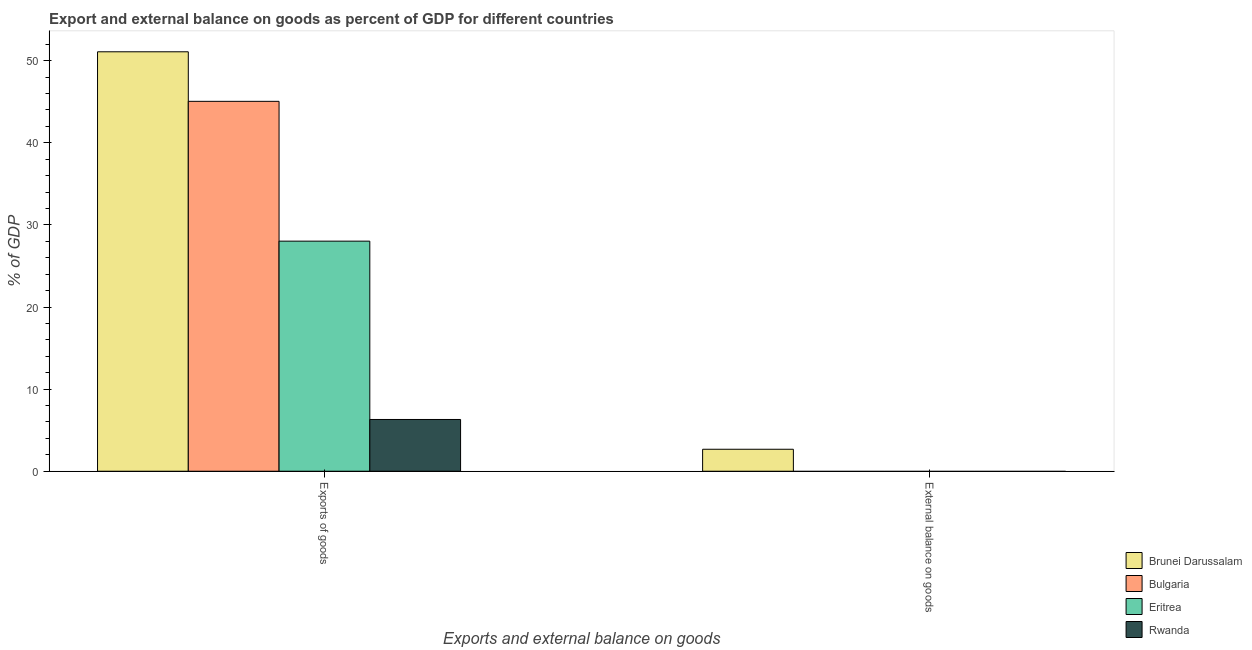
| Exports and external balance on goods | Brunei Darussalam | Bulgaria | Eritrea | Rwanda |
 | --- | --- | --- | --- | --- |
 | Exports of goods | 51.1 | 45 | 28 | 6.3 |
 | External balance on goods | 2.67 | -0.625 | -54.8 | -58.5 |